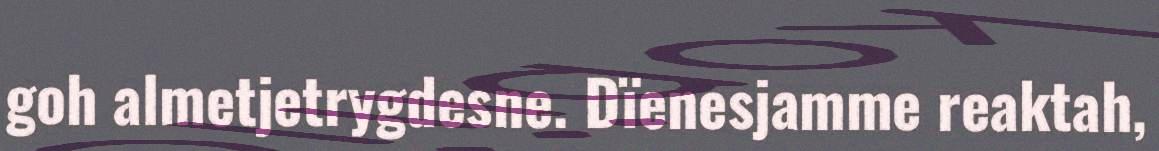
goh almetjetrygdesne. Dïenesjamme reaktah,